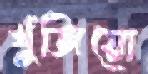
খুঁজিয়ো